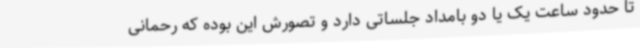
تا حدود ساعت یک یا دو بامداد جلساتی دارد و تصورش این بوده که رحمانی